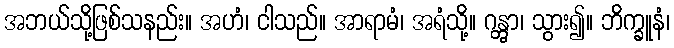
အဘယ်သို့ဖြစ်သနည်း။ အဟံ၊ ငါသည်။ အာရာမံ၊ အရံသို့။ ဂန္တွာ၊ သွား၍။ ဘိက္ခူနံ၊